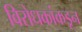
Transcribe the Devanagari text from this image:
विरोधकांकडून